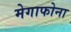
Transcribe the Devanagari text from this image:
मेगाफोना